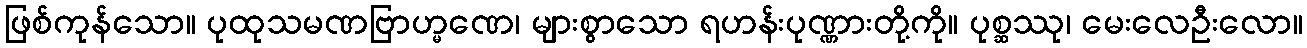
ဖြစ်ကုန်သော။ ပုထုသမဏဗြာဟ္မဏေ၊ များစွာသော ရဟန်းပုဏ္ဏားတို့ကို။ ပုစ္ဆဿု၊ မေးလေဦးလော။